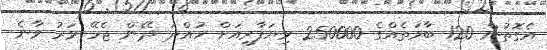
އެގޮތުން 120 ބާވަތެއްގެ 250000 ވިޔަފާރިއަށް ހުއްދަ ދޭން ޖެހޭ ވަރު ވާނެ